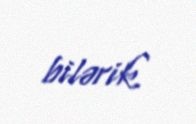
bilərik.